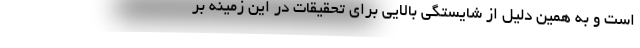
است و به همین دلیل از شایستگی بالایی برای تحقیقات در این زمینه بر